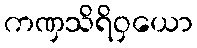
ကဏှသိရိဝှယော